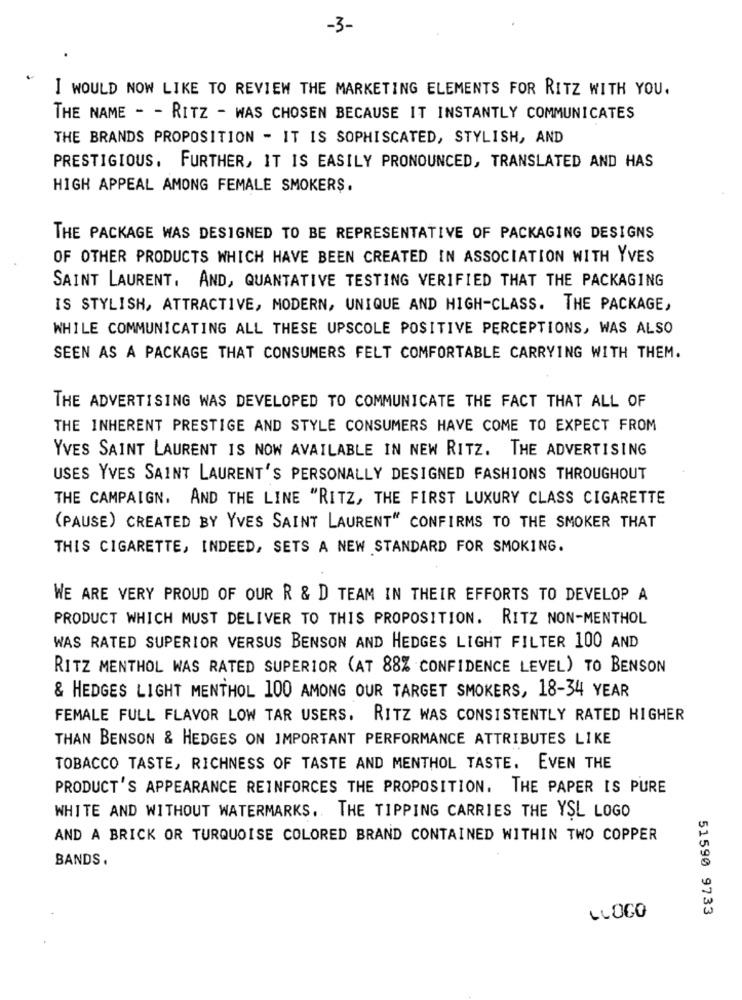
-3-
I WOULD NOW LIKE TO REVIEW THE MARKETING ELEMENTS FOR RITZ WITH YOU.
THE NAME - - RITZ - WAS CHOSEN BECAUSE IT INSTANTLY COMMUNICATES
THE BRANDS PROPOSITION - IT IS SOPHISCATED, STYLISH, AND
PRESTIGIOUS. FURTHER, IT IS EASILY PRONOUNCED, TRANSLATED AND HAS
HIGH APPEAL AMONG FEMALE SMOKERS.
THE PACKAGE WAS DESIGNED TO BE REPRESENTATIVE OF PACKAGING DESIGNS
OF OTHER PRODUCTS WHICH HAVE BEEN CREATED IN ASSOCIATION WITH YVES
SAINT LAURENT, AND, QUANTATIVE TESTING VERIFIED THAT THE PACKAGING
IS STYLISH, ATTRACTIVE, MODERN, UNIQUE AND HIGH-CLASS. THE PACKAGE,
WHILE COMMUNICATING ALL THESE UPSCOLE POSITIVE PERCEPTIONS, WAS ALSO
SEEN AS A PACKAGE THAT CONSUMERS FELT COMFORTABLE CARRYING WITH THEM.
THE ADVERTISING WAS DEVELOPED TO COMMUNICATE THE FACT THAT ALL OF
THE INHERENT PRESTIGE AND STYLE CONSUMERS HAVE COME TO EXPECT FROM
YVES SAINT LAURENT IS NOW AVAILABLE IN NEW RITZ. THE ADVERTISING
USES YVES SAINT LAURENT'S PERSONALLY DESIGNED FASHIONS THROUGHOUT
THE CAMPAIGN. AND THE LINE "RITZ, THE FIRST LUXURY CLASS CIGARETTE
(PAUSE) CREATED BY YVES SAINT LAURENT" CONFIRMS TO THE SMOKER THAT
THIS CIGARETTE, INDEED, SETS A NEW STANDARD FOR SMOKING.
WE ARE VERY PROUD OF OUR R & D TEAM IN THEIR EFFORTS TO DEVELOP A
PRODUCT WHICH MUST DELIVER TO THIS PROPOSITION. RITZ NON-MENTHOL
WAS RATED SUPERIOR VERSUS BENSON AND HEDGES LIGHT FILTER 100 AND
RITZ MENTHOL WAS RATED SUPERIOR (AT 88% CONFIDENCE LEVEL) TO BENSON
& HEDGES LIGHT MENTHOL 100 AMONG OUR TARGET SMOKERS, 18-34 YEAR
FEMALE FULL FLAVOR LOW TAR USERS. RITZ WAS CONSISTENTLY RATED HIGHER
THAN BENSON & HEDGES ON IMPORTANT PERFORMANCE ATTRIBUTES LIKE
TOBACCO TASTE, RICHNESS OF TASTE AND MENTHOL TASTE. EVEN THE
PRODUCT'S APPEARANCE REINFORCES THE PROPOSITION. THE PAPER IS PURE
WHITE AND WITHOUT WATERMARKS. THE TIPPING CARRIES THE YSL LOGO
AND A BRICK OR TURQUOISE COLORED BRAND CONTAINED WITHIN TWO COPPER
BANDS.
51590 9733
LLOGO